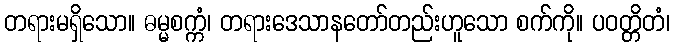
တရားမရှိသော။ ဓမ္မစက္ကံ၊ တရားဒေသာနတော်တည်းဟူသော စက်ကို။ ပဝတ္တိတံ၊